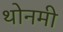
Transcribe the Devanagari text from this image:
थोनमी